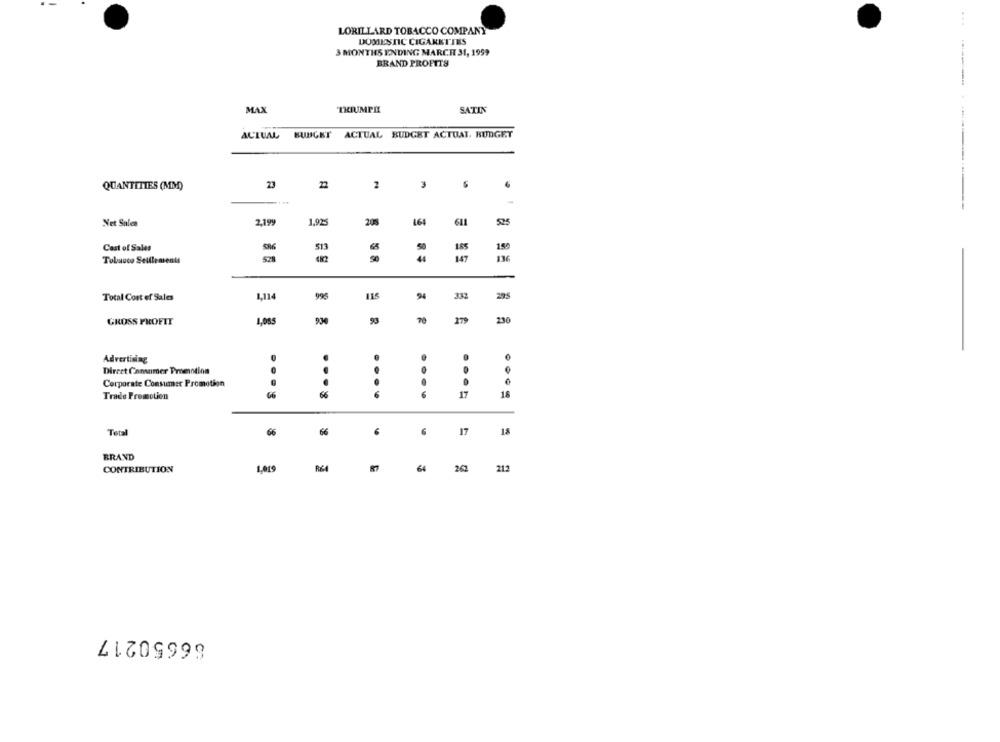
LORILLARD TOBACCO COMPANY
DOMESTIC CIGARETTES
3 MONTHS ENDING MARCH 31, 1999
BRAND PROFITS
MAX
TRIUMPH
SATIN
ACTUAL BUDGET ACTUAL BUDGET ACTUAL, BUDGET
22
2
3
QUANTITIES (MM)
Net Sales
2,199
1.925
205
164
611
525
Cost of Sales
SI3
185
150
Tobauco Selllements
5 8
147
136
Total Cost of Sales
1,114
995
94
332
295
1,005
93
279
230
GROSS PROFIT
Advertising
Dirret Consumer Prenotion
Corporate Consumer Promotion
.
..
66
66
....
17
16
Trade Promotion
17
Total
66
66
6
18
BRAND
1,019
64
CONTRIBUTION
R64
262
212
66650217